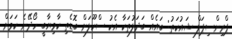
ޕްރިންސިޕަލް ޝައުކަތު: ބައެއް ބަދަލުތަކާ އެކު ސްކޫލަށް ބޮޑެތި ކާމިޔާބީ ހޯދޭނެ ކަމަށް